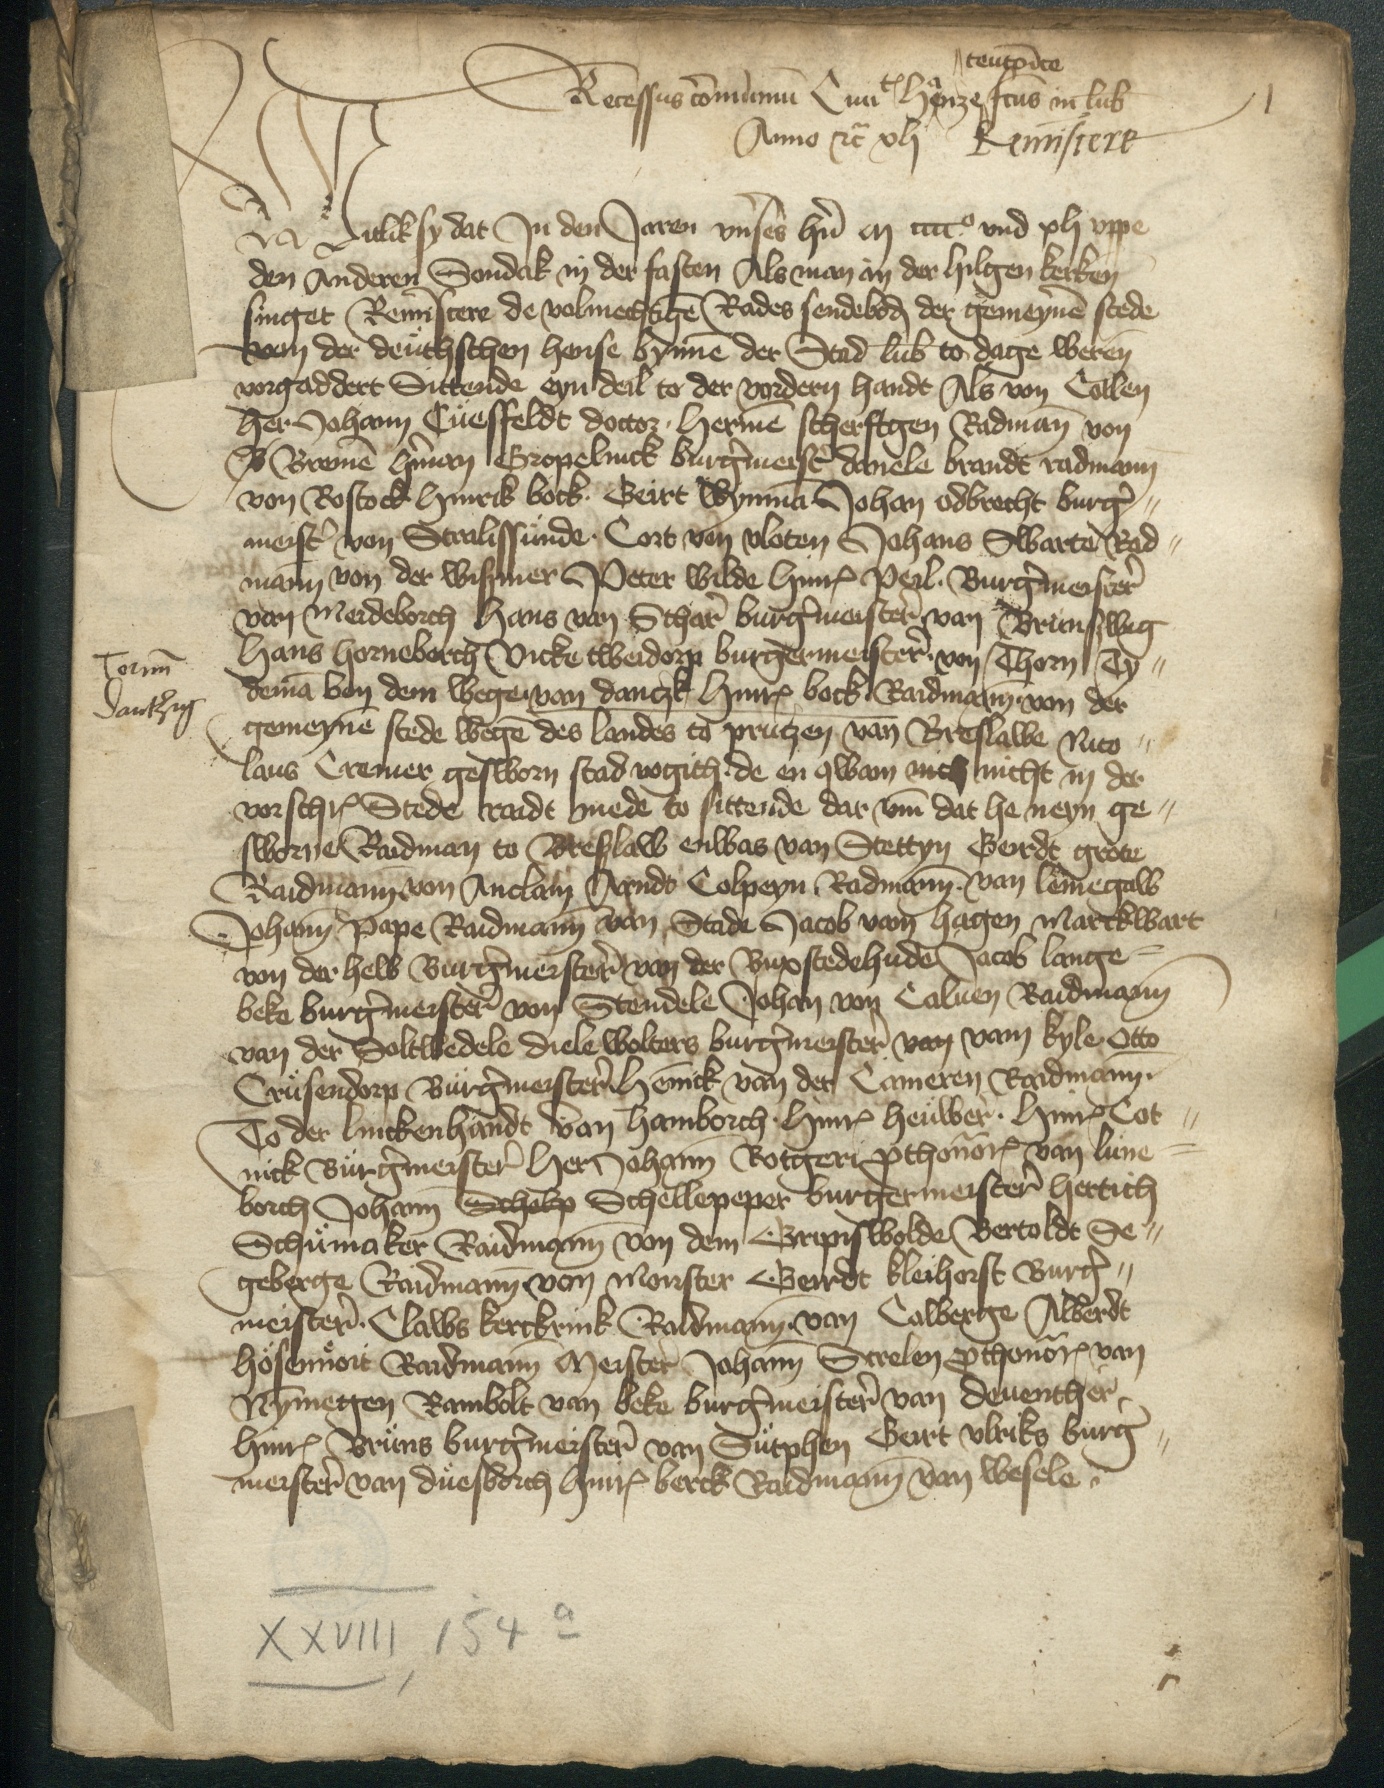
1

teutonice
Recessus communium Ciuitatum Hanze ^ in Lubice
Anno etcetera xlj Reminiscere
Witlik sy dat Jn den Jaren vnses hern m cccco vnd xlj vppe
den Anderen Sondak in der fasten Als man in der hilgen kerken
singet Reminiscere de volmechtigen Rades sendeboden der gemeynen stede
van der deuthschen hense bynnen der Stad Lubeke to dage weren
vorgaddert Sittende eyn deil to der vordern handt Als von Collen
her Johann Cuesfeldt doctor, Hermen scherftgen Radman, von
B Bremen Herman Gropelinck burgermeister danele brandt radmann
von Rostock Hinrik bock, Geirt Wynman Johan Odbrecht burger¬
meister von Stralissunde, Cort van Vloten Johans Swarte Rad¬
mann von der Wismer Peter Wilde Hinrick Peil Burgermeister
van Meideborch Hans van Scharen Burgermeister van Brunswig
Hans Horneborch Vicke twerdorp burgermeister, van Thorn Ty¬
deman van dem Wege, van Danczk Hinrick bock Raidmann, von der
gemeynen stede wegen des landes to Prutzen van Breslawe Nico¬
laus Cremer gesworn stad vogith, de en qwam nich nicht in der
vorschreuen Stede raidt mede to sittende dat vmme dat he neyn ge¬
sworne Raidman to Breslaw enwas van Stettyn Gerdt grote
Raidmann von Anclam Arndt Colpeyn, Radmann, van Lemegaw
Johann Pape Raidmann van Stade Jacob vam Hagen Marckwart
von der helb Burgermeister van der Buxstedehude Jacob lange¬
beke burgermeister van Stendele Johan van Caluen Raidmann
van der Soltwedele Diele Wolters burgermeister van vam Kyle Otto
Crusendorp Burgermeister Hennick van den Cameren Raidmannn
To der lincken handt van Hamborch Hinrick Heuwer, Hinrick Cot¬
nick Burgermeister Her Johann Rotger prothonotarius van Lune¬
borch Johann Scholp Schellepeper burgermeister Hertich
Schumaker Raidmann von dem Gripiswolde Bertoldt Se¬
geberge Ridmann van Monster Gerdt Kleihorst Burger¬
meister Claws Kerckrink, Raidmann van Colberge Alberdt
Hösenuort Raidmann Meister Johann Strelen prothonotarius van
Nymmegen Rambolt van Beke burgermeister van Deuenther,
Hinrick Bruns Burgermeister van Sutphen Gert Vlriks burger¬
meister van Duesborch Hinrick berck Raidmann van Wesele

Torun
Dantzig